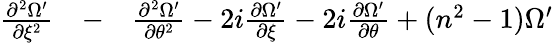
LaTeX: \begin{array}{rlr}{\frac{\partial^{2}\Omega^{\prime}}{\partial\xi^{2}}}&{{}-}&{\frac{\partial^{2}\Omega^{\prime}}{\partial\theta^{2}}-2i\frac{\partial\Omega^{\prime}}{\partial\xi}-2i\frac{\partial\Omega^{\prime}}{\partial\theta}+(n^{2}-1)\Omega^{\prime}}\end{array}